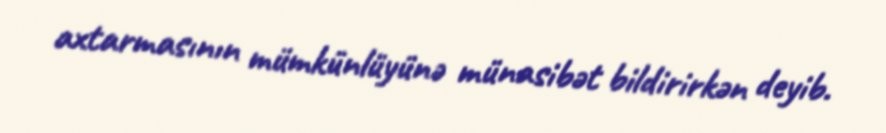
axtarmasının mümkünlüyünə münasibət bildirirkən deyib.